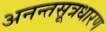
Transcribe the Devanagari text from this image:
अनन्तसूत्रधारण